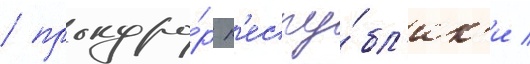
/ прокуро́р р'еспу́бл'ик'и /